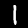
Digit: 1